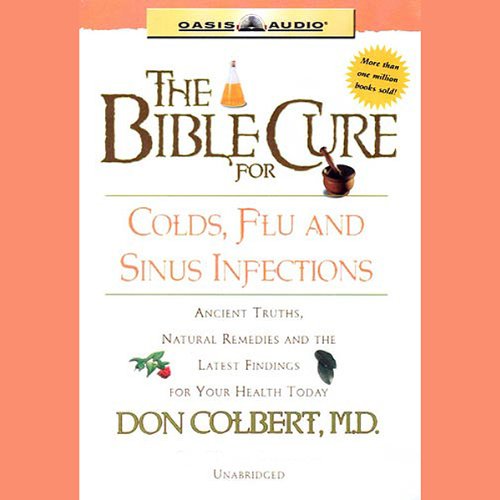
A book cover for The Bible Cure for Colds, Flu, and Sinus Infections: Ancient Truths, Natural Remedies and the Latest Findings for Your Health Today; Don Colbert; Health, Fitness & Dieting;